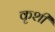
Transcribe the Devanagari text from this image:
कृशी